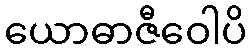
ယောဓာဇီဝေါပိ